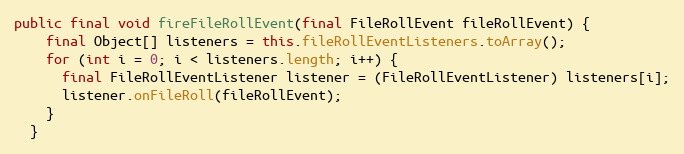
Language: Java
public final void fireFileRollEvent(final FileRollEvent fileRollEvent) {
    final Object[] listeners = this.fileRollEventListeners.toArray();
    for (int i = 0; i < listeners.length; i++) {
      final FileRollEventListener listener = (FileRollEventListener) listeners[i];
      listener.onFileRoll(fileRollEvent);
    }
  }